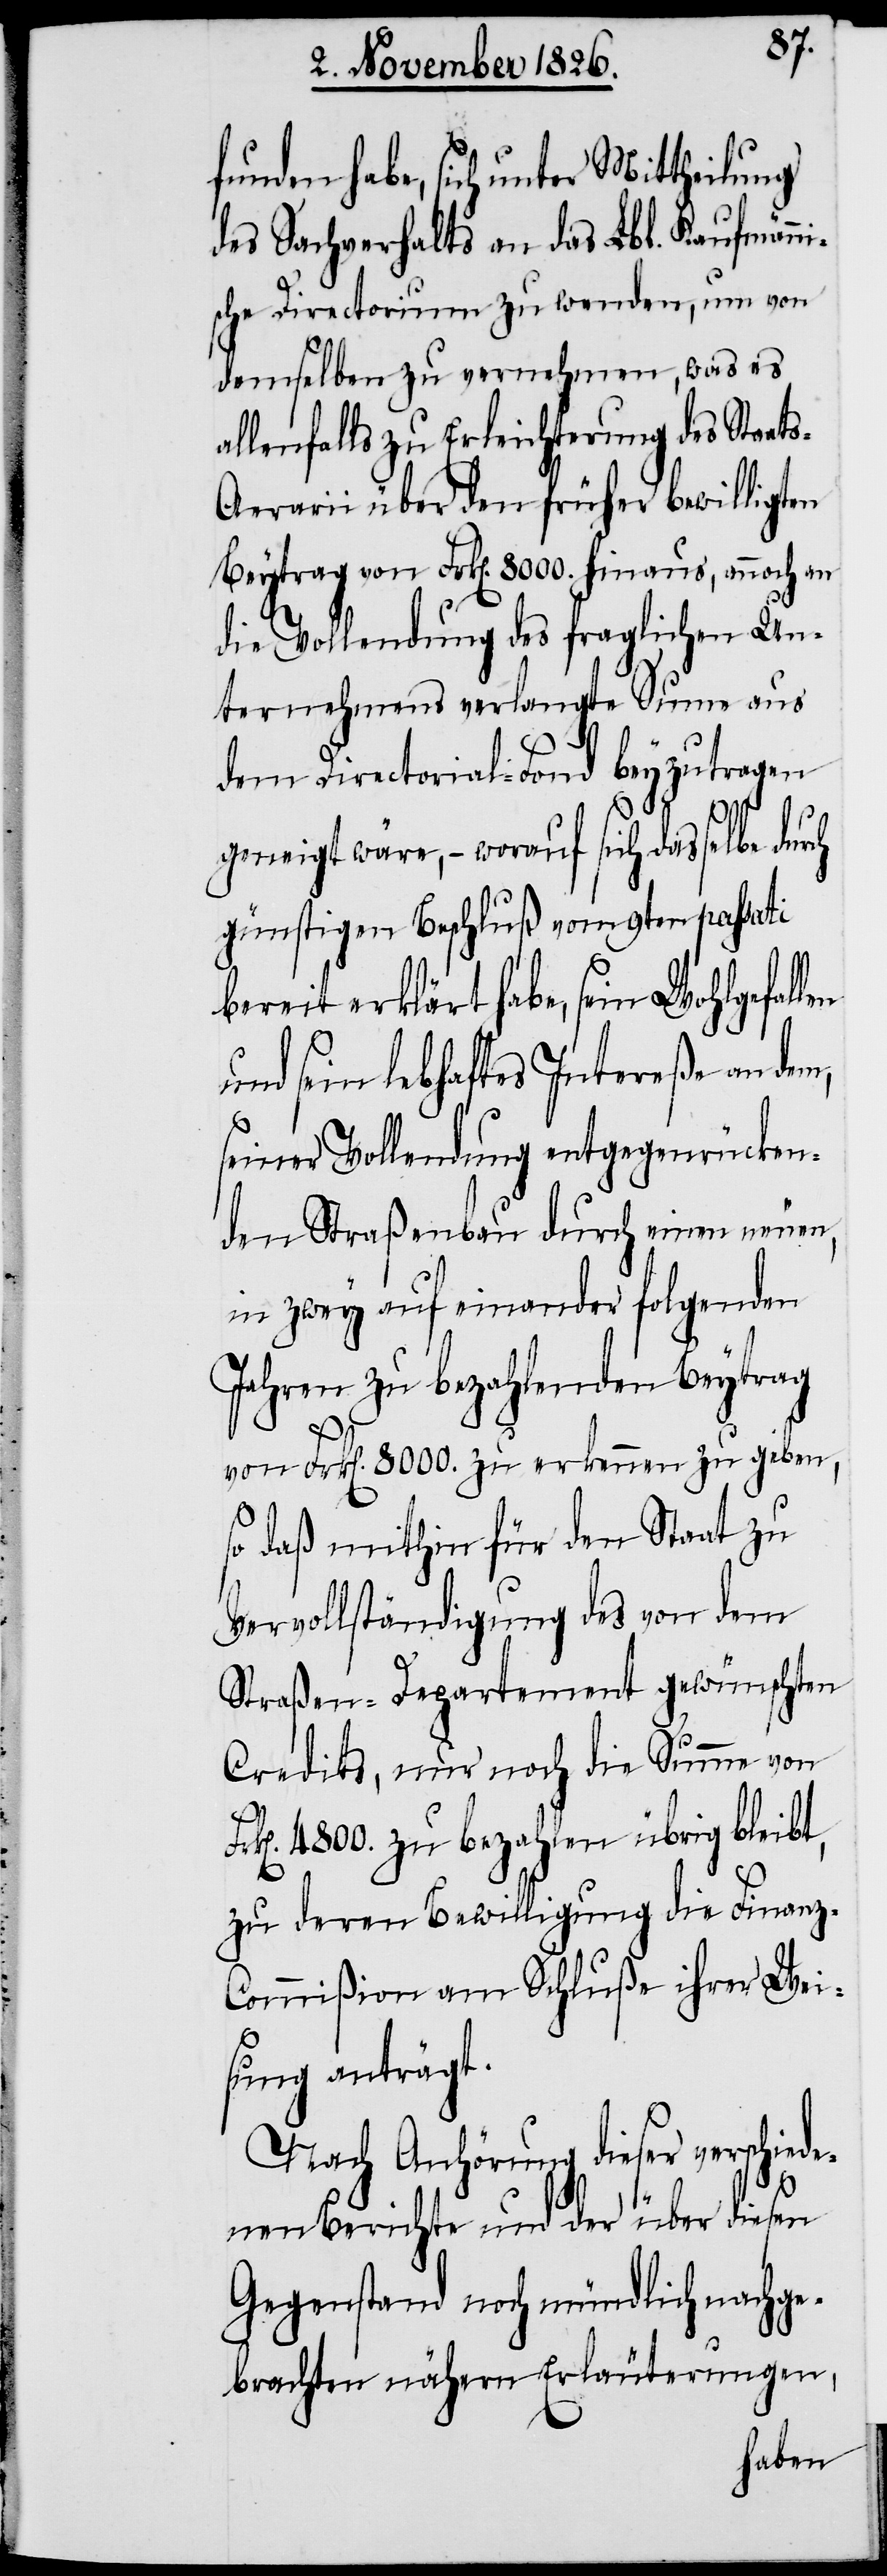
funden habe, sich unter Mittheilung
des Sachverhalts an das Lbl. Kaufmänni¬
sche Directorium zu wenden, um von
demselben zu vernehmen, was es
allenfalls zu Erleichterung des Staat¬
s-Aerarii über den früher bewilligten
Beytrag von Frk[en]. 800. hinaus, annoch an
die Vollendung des fraglichen Un¬
ternehmens verlangte Summe aus
dem Directorial-Fond beyzutragen
geneigt wäre, – worauf sich dasselbe durch
günstigen Beschluß vom 9ten passati
bereit erklärt habe, sein Wohlgefallen
und sein lebhaftes Intereße an dem,
seiner Vollendung entgegenrücken¬
den Straßenbau durch einen neuen,
in zwey auf einander folgenden
Jahren zu bezahlenden Beytrag
von Frk[en]. 8000. zu erkennen zu geben,
so daß mithin für den Staat zu
Vervollständigung des von dem
Straßen-Departement gewünschten
Credits, nur noch die Summe von
Fr¬
k[en]. 4800. zu bezahlen übrig bleibt,
zu deren Bewilligung die Finan¬
z-Commißion am Schluße ihrer Wei¬
sung anträgt.
Nach Anhörung dieser verschied¬
enen Berichte und der über diesen
Gegenstand noch mündlich nachge¬
brachten nähern Erläuterungen,